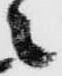
々